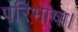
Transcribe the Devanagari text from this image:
परिभाषा।